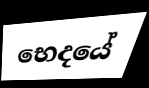
භෙදයේ